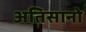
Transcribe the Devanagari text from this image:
अतिसानो